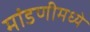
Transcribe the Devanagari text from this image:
मांडणीमध्‍ये